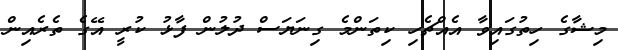
މިޝާގެ ހިތުގައިވާ އެއްޗެހި ކިތަންމެ ގިނަޔަސް ދުލުން ފާޅު ކުރީ އޭގެ ތެރެއިން